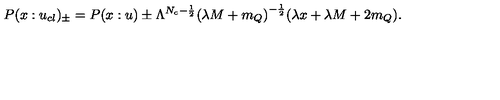
P ( x : u _ { c l } ) _ { \pm } = P ( x : u ) \pm \Lambda ^ { N _ { c } - \frac { 1 } { 2 } } { ( \lambda M + m _ { Q } ) } ^ { - \frac { 1 } { 2 } } ( \lambda x + \lambda M + 2 m _ { Q } ) .